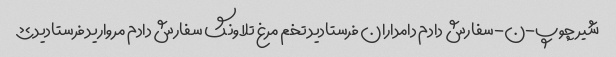
شیر چوپ-ن-سفارش دادم دامداران فرستادید تخم مرغ تلاونگ سفارش دادم مروارید فرستادید؟؟؟؟